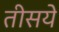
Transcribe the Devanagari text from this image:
तीसये